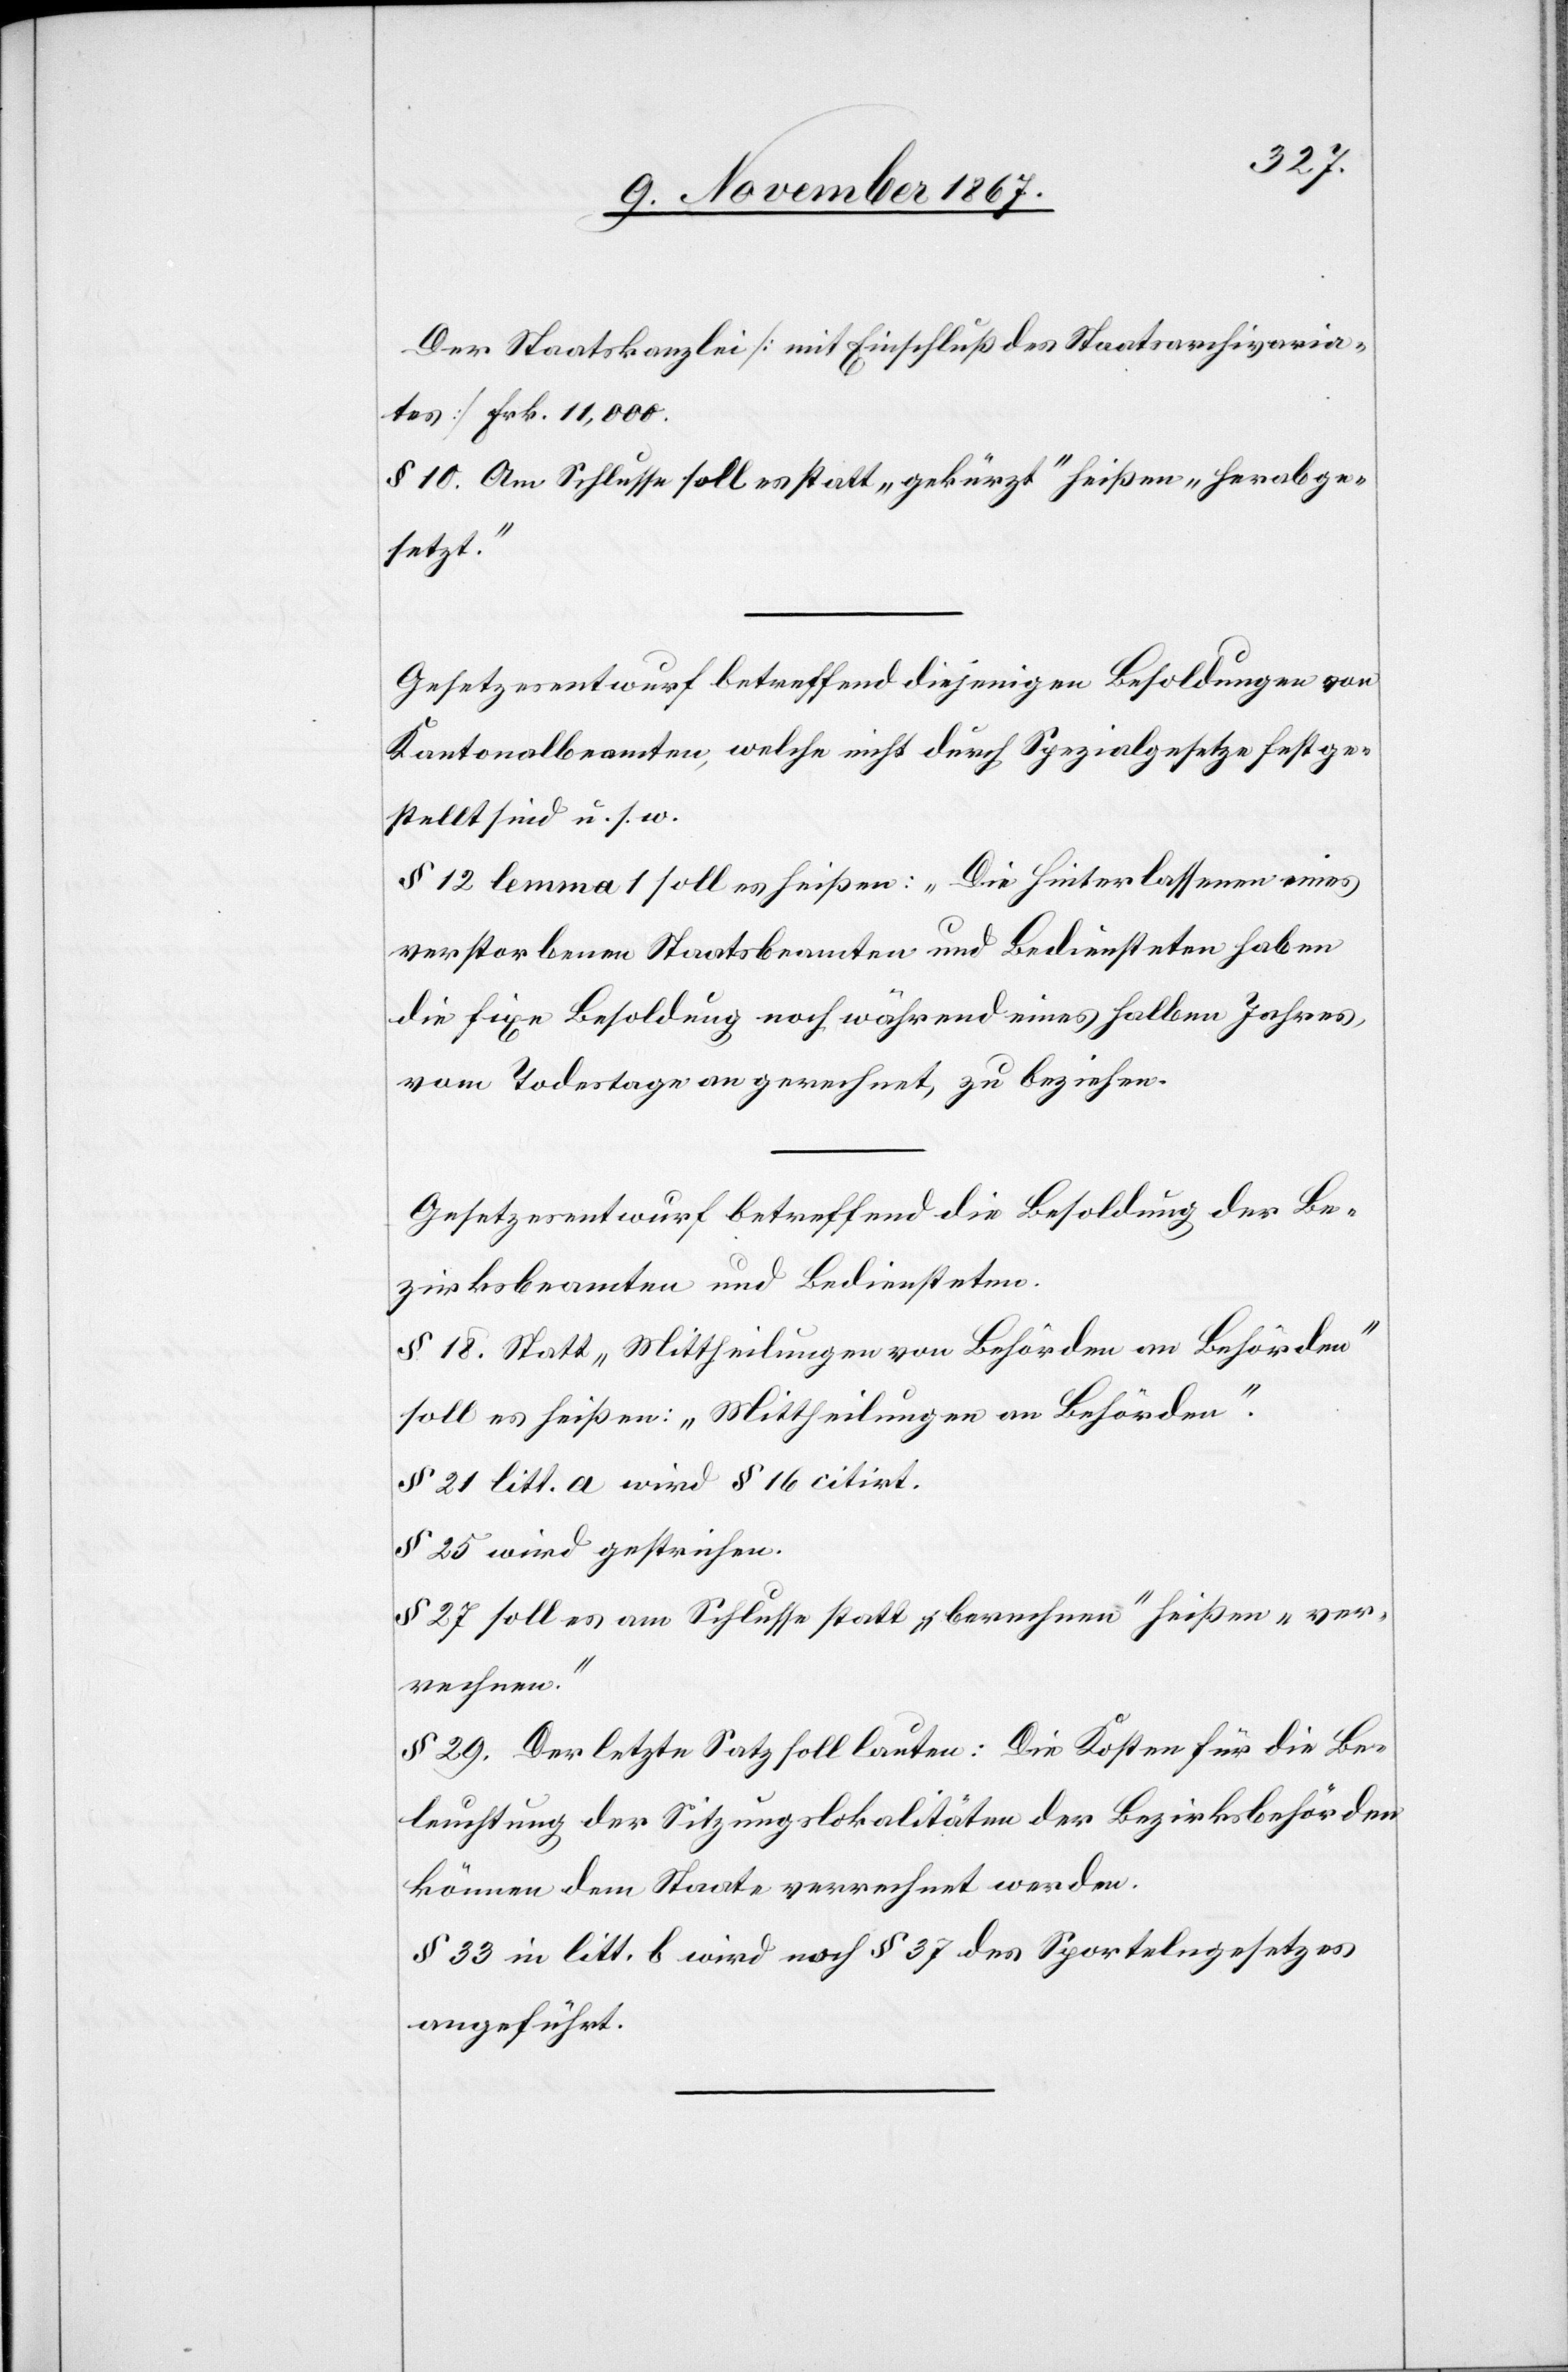
Der Staatskanzlei [mit Einschluß des Staatsarchivaria¬
tes] Frk. 11 000.
§ 10. Am Schlusses soll es statt „gekürzt“ heißen „herabge¬
setzt.“
Gesetzesentwurf betreffend diejenigen Besoldungen von
Kantonalbeamten, welche nicht durch Spezialgesetze festge¬
stellt sind u. s. w.
§ 12 lemma 1 soll es heißen: „Die Hinterlassenen eines
verstorbenen Staatsbeamten und Bediensteten haben
die fixe Besoldung noch während eines halben Jahres,
vom Todestage an gerechnet, zu beziehen.[“]
Gesetzentwurf betreffend die Besoldung der Be¬
zirksbeamten und Bediensteten.
§ 18. Statt „Mittheilungen von Behörden an Behörden“
soll es heißen: „Mittheilungen an Behörden“.
§ 21 litt. a wird § 16 citirt.
§ 25 wird gestrichen.
§ 27 soll es am Schlusse statt „berechnen“ heißen „ver¬
rechnen.“
§ 29. Der letzte Satz soll lauten: Die Kosten für die Be¬
leuchtung der Sitzungslokalitäten der Bezirksbehörden
können dem Staate verrechnet werden.
§ 33 in litt. b wird noch § 37 des Sportelngesetzes
angeführt.